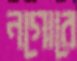
নগোরে